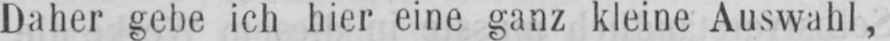
Daher gebe ich hier eine ganz kleine Auswahl,